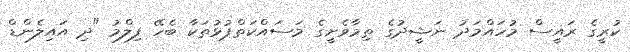
ކުރީގެ ރައީސް މުހައްމަދު ނަޝީދުގެ ތިމާވެށީގެ މަސައްކަތްޕުޅުތަކާ ބެހޭ ފިލްމު "ދި އައިލެންޑް